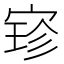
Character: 𫳚